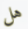
هل